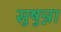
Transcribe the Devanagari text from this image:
सुषुन्ना